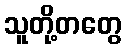
သူတို့တတွေ